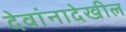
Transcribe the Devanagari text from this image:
देवांनादेखील